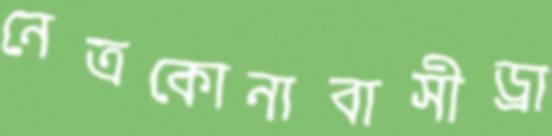
নেত্রকোনাবাসীড্রা